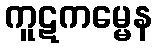
ကူဋကမ္မေန